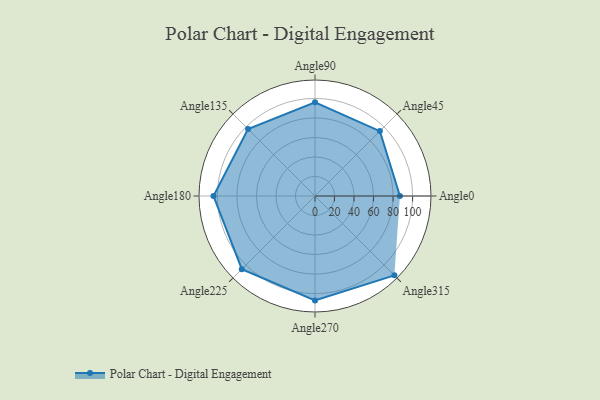
{"axis": {"x": "Angle", "y": "Radius"}, "legend": [""], "data": [{"x": "Angle0", "y": 87.0, "type": ""}, {"x": "Angle45", "y": 94.0, "type": ""}, {"x": "Angle90", "y": 96.0, "type": ""}, {"x": "Angle135", "y": 97.0, "type": ""}, {"x": "Angle180", "y": 104.0, "type": ""}, {"x": "Angle225", "y": 106.0, "type": ""}, {"x": "Angle270", "y": 107.0, "type": ""}, {"x": "Angle315", "y": 115.0, "type": ""}]}